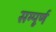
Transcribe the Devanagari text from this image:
सम्पूूूर्ण